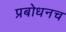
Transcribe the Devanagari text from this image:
प्रबोधनच